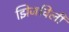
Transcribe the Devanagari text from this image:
झिजविली